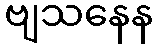
ဗျသနေန